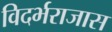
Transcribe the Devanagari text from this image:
विदर्भराजास